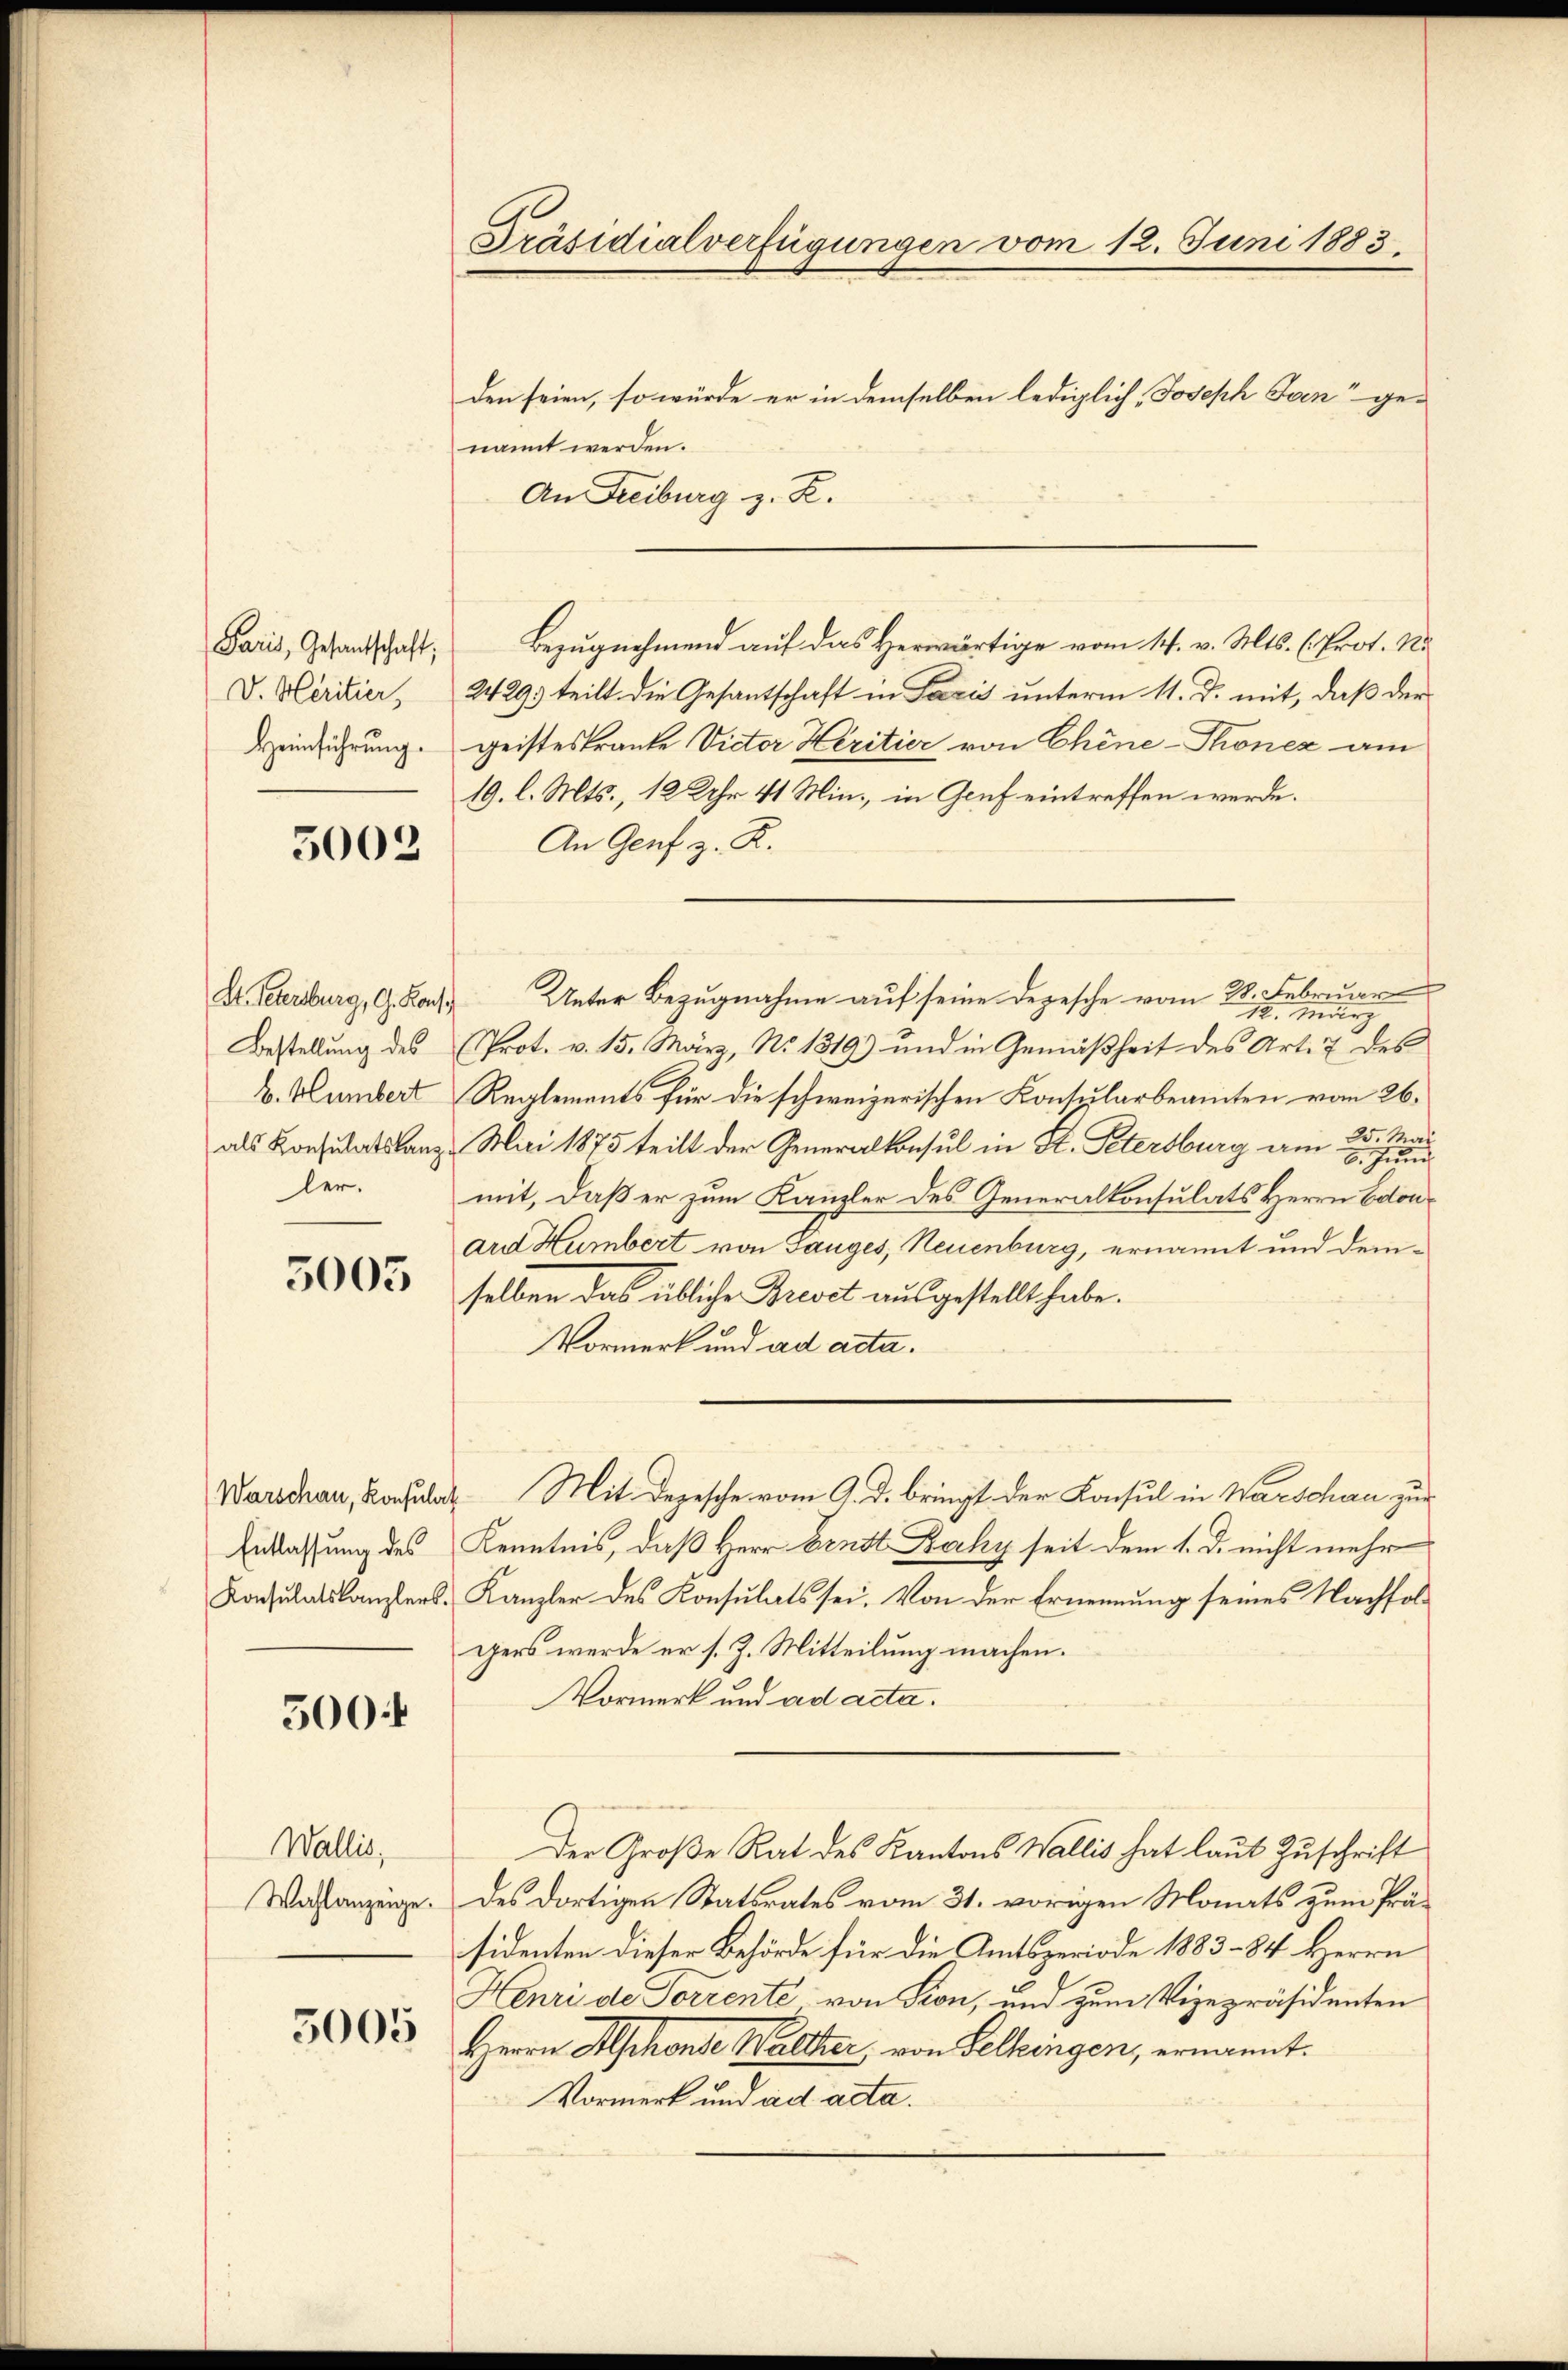
5002

St. Petersburg, G. Kons.
ler.

5005

500

Wallis,

5005

den seien, so würde er in demselben lediglich, Joseph Jan“ ge-
nannt werden.
An Freiburg z. R.
Paris, Gesandschaft; Bezugnehmend auf das Herwärtige vom 14. v. Mts. (Prot. N
V. Heritier, 2429. teilt die Gesantschaft in Paris unterm 11. d. mit, daß der
Heimführung. geisteskranke Victor Heritier von Chine-Thonez am
19. l. Mts., 12 Uhr 41 Min., in Genf eintreffen werde.
An Genf z. R.
Unter Bezugnahme auf seine Depesche vom 28. Februar
12. März
Bestellung des Prot. v. 15. März, No. 1819) und in Gemäßheit des Art. 7 des
B. Humbert Reglements für die schweizerischen Konsularbeamten vom 26.
als Konsulatskanz Mai 1875 teilt der Generalkonsul in St. Petersburg am
mit, daß er zum Kanzler des Generalkonsulats Herrn Edonard Humbert von Sauges, Neuenburg, ernannt und demselben das übliche Brevet ausgestellt habe.
Vormerk und ad acta.
Warschau, Konsulat Mit Depesche vom 9. d. bringt der Konsul in Warschau zur
Entlassung des Kenntnis, daß Herr Ernst Backy seit dem 1. d. nicht mehr
Konsulatskanzlers. Kanzler des Konsulats sei. Von der Ernennung seines Nachfolgers werde er s. Z. Mitteilung machen.
Vormerk und ad acta.
Der Große Rat des Kantons Wallis hat laut Zuschrift
Wahlanzeige. Des dortigen Statsrates vom 31. vorigen Monats zum Präsidenten dieser Behörde für die Amtsperiode 1883 - 84 Herrn
Henri de Forrente von Seon, und zum Vizepräsidenten
Herrn Aschonte Walther, von Selkingen, ernannt.
Vormerk und ad acta.

Präsidialverfügungen vom 12. Juni 1883.